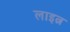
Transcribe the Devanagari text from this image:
लाइत्न